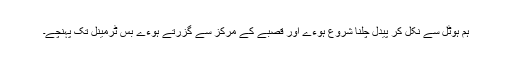
ہم ہوٹل سے نکل کر پیدل چلنا شروع ہوءے اور قصبے کے مرکز سے گزرتے ہوءے بس ٹرمینل تک پہنچے۔